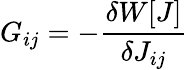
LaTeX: G_{ij}=-{\frac{\delta W[J]}{\delta J_{ij}}}